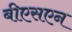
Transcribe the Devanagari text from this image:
बीएसएन